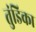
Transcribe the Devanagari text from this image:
तुंडिका